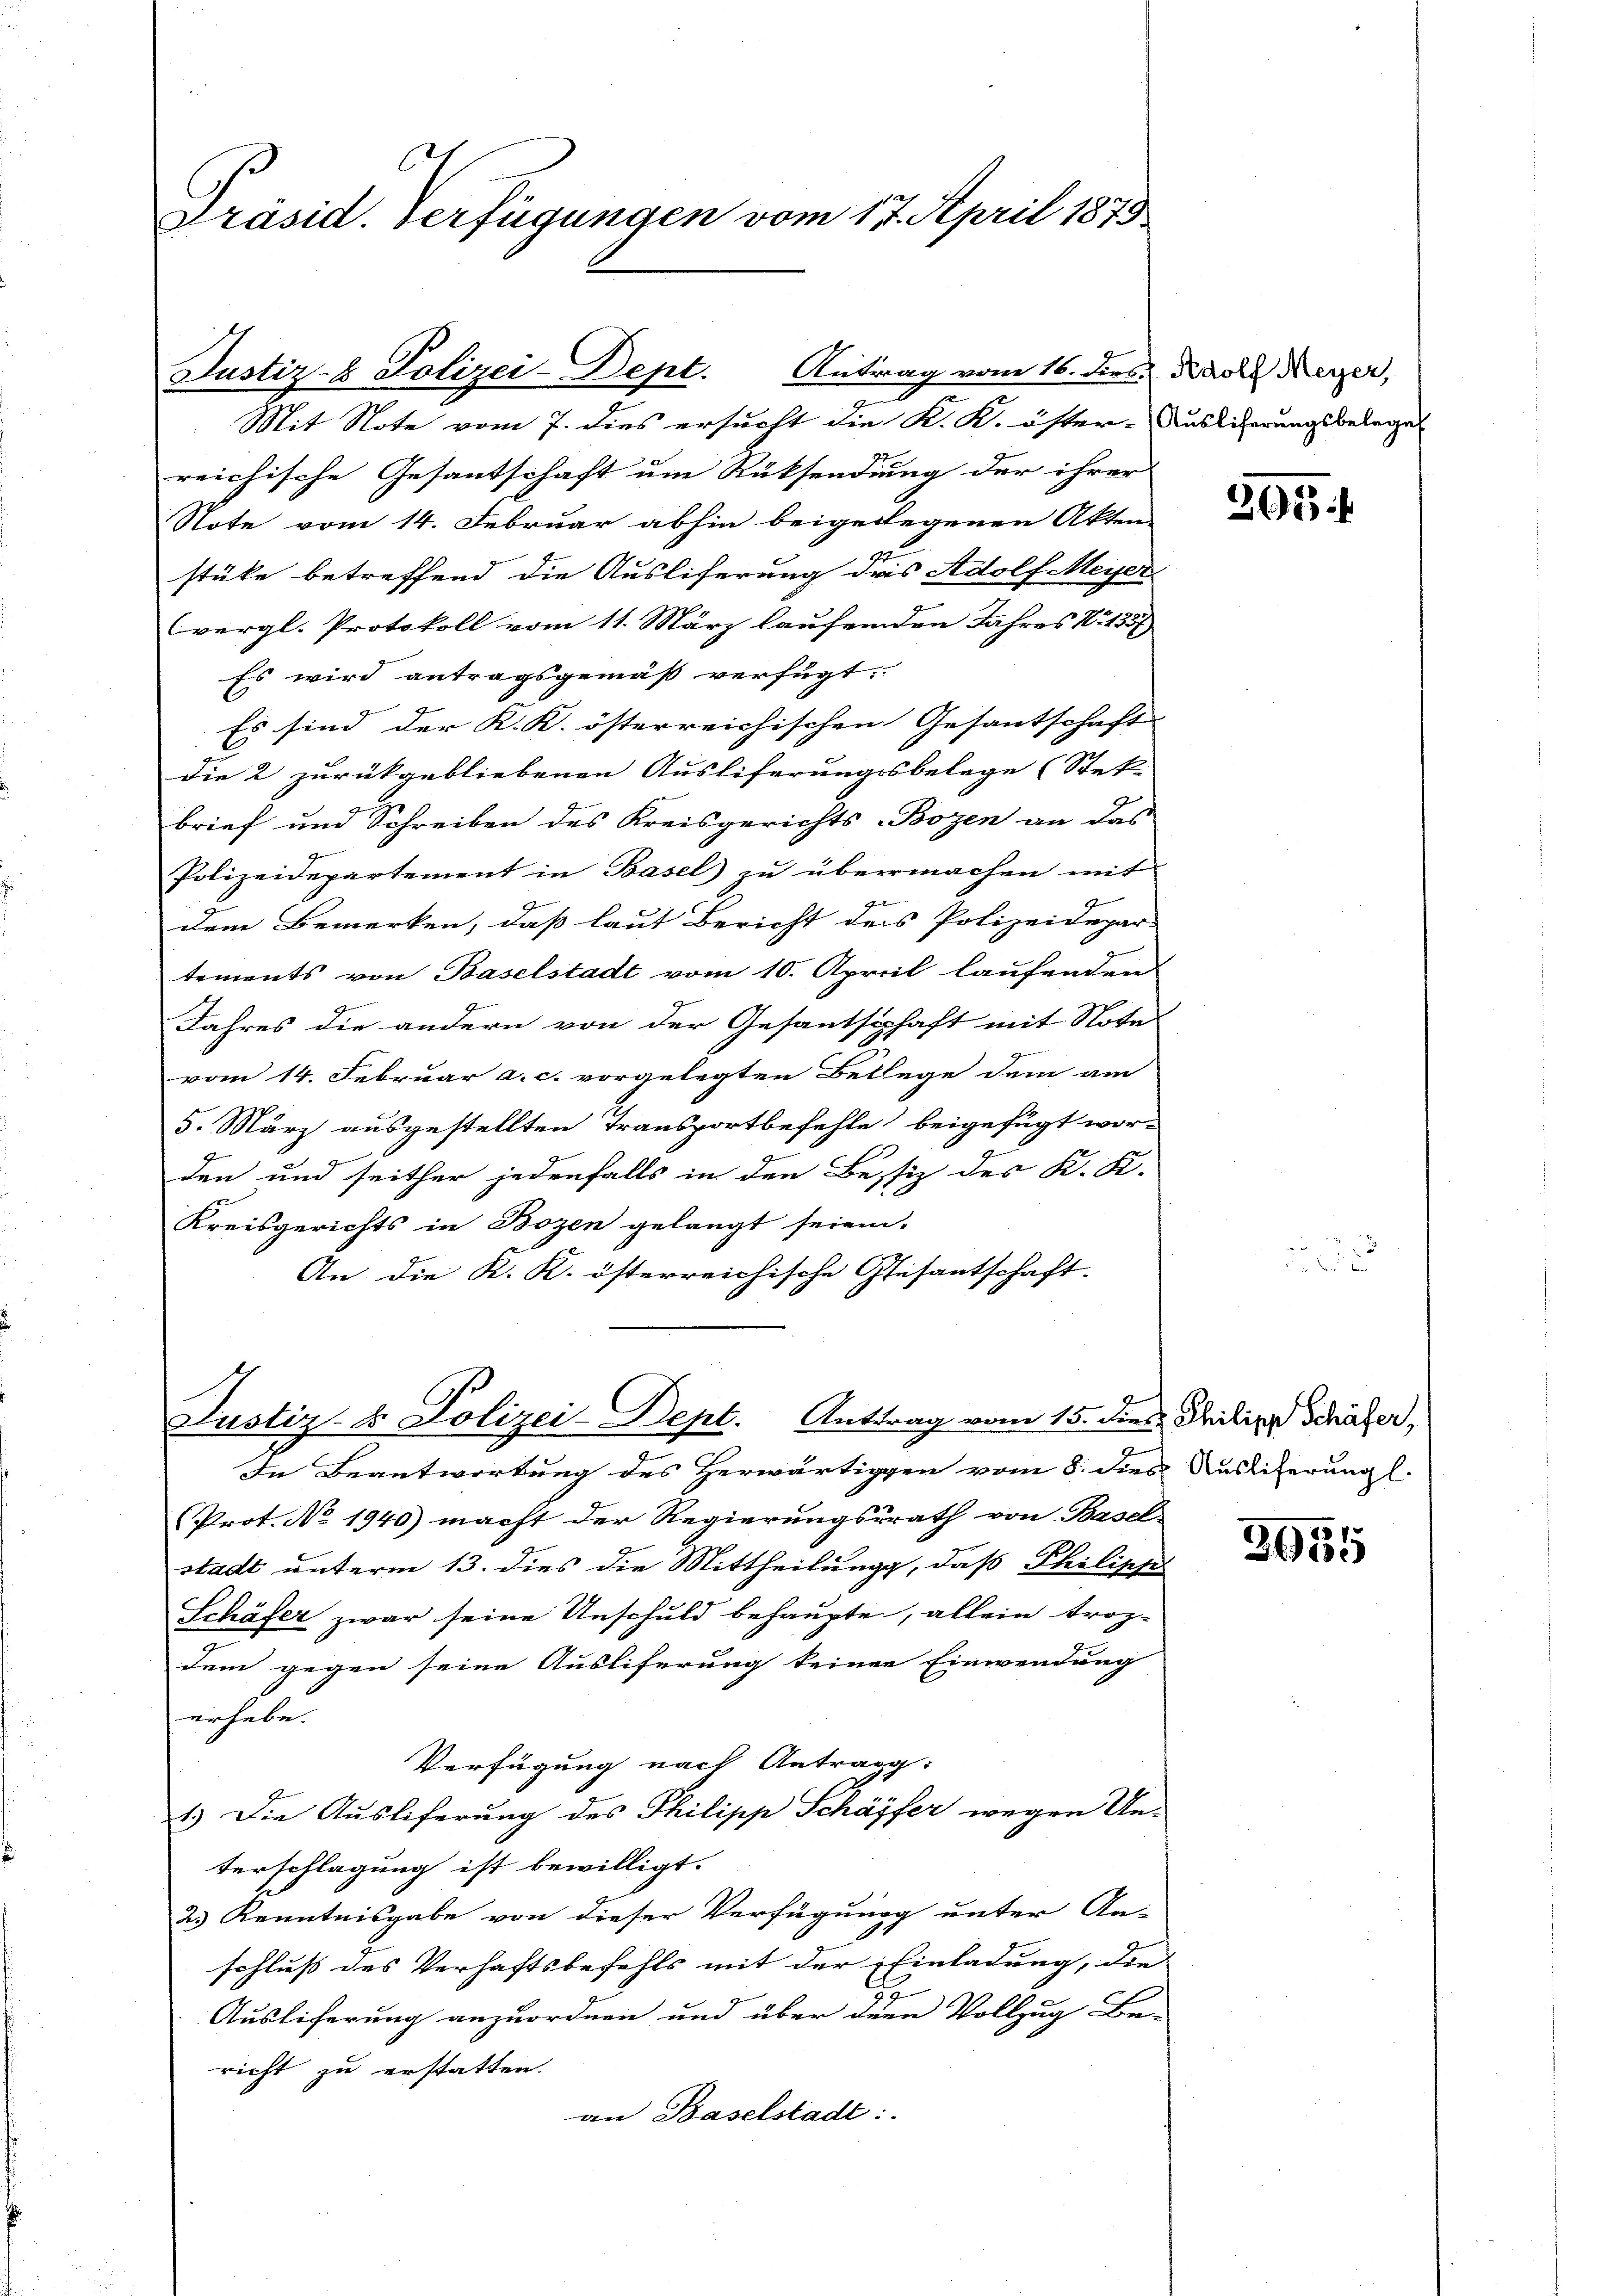
Präsid. Verfügungen vom 17. April 1879

Justiz- & Polizei-Dept. Antrag vom 16. dies das Reger,
Mit Note vom 7. dies ersucht die K. K. öster-Auslicherungsbelegel

reichische Gesantschaft um Rücksendung der ihrer
Note vom 14. Februar abhin beigelegenen Akten-
stüke betreffend die Ausliferung des Adolf Meyer
vergl. Protokoll vom 11. März laufenden Jahres N. 1557
Es wird antragsgemäß verfügt:
Es sind der K. K. österreichischen Gesantschaft |
die 2 zurückgebliebenen Ausliferungsbelege (Stek
brief und Schreiben des Kreisgerichts-Bozen an das
Polizeidepartement in Basel zu übermachen mit
G
dem Bemerken, daß laut Bericht des Polizeidepar-
tements von Baselstadt vom 10. April laufenden
Jahres die andern von der Gesantschaft mit Notel
vom 14. Februar a. c. vorgelegten Betlege dem am
5. März ausgestellten Transportbefehle beigefügt wor-
Ehren
den und seither jedenfalls in den Bestiz des K. K.
Kreisgerichts in Bozen gelangt seien.
An die K. K. österreichische Gesantschaft.

Justiz- & Polizei-Dept. Antrag vom 15. dies Philipp Schäfer,

In Beantwortung des Herwärtiggen vom 8. dies Auslieferung l.
Prot. No. 1940) macht der Regierungsrath von Basel-
stadt unterm 13. dies die Mittheilung, daß Philippe
Schäfer zwar seine Anschuld behaupte, allein trop-
dem gegen seine Ausliferung keiner Einwendung
erhebe.
Verfügung nach Antragg:
1.) Die Ausliferung des Philipp Schäffer wegen Un-
terschlagung ist bewilligt.
2.) Kenntnisgabe von dieser Verfügung unter An-
schluß des Verhaftsbefehls mit der Einladung, die
Ausliferung anzuordnen und über den Vollzug Be-
richt zu erstatten.
an Baselstadt:

205

2955